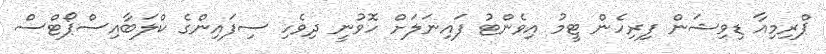
ޕްރިމިއާ ޑިވިޝަން ފިރިހެން ޓީމު އިވެންޓު ފައިނަލަށް ހޮވުނީ ދިވެހި ސިފައިންގެ ކްލަބާއިސްޕޯޓްސް